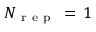
N _ { \mathrm { ~ r ~ e ~ p ~ } } \, = \, 1